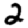
Digit: 2